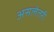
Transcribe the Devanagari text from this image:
असलेतरी